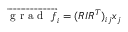
\overrightarrow { \mathrm { ~ g ~ r ~ a ~ d ~ } ~ f } _ { i } = ( R I R ^ { T } ) _ { i j } x _ { j }